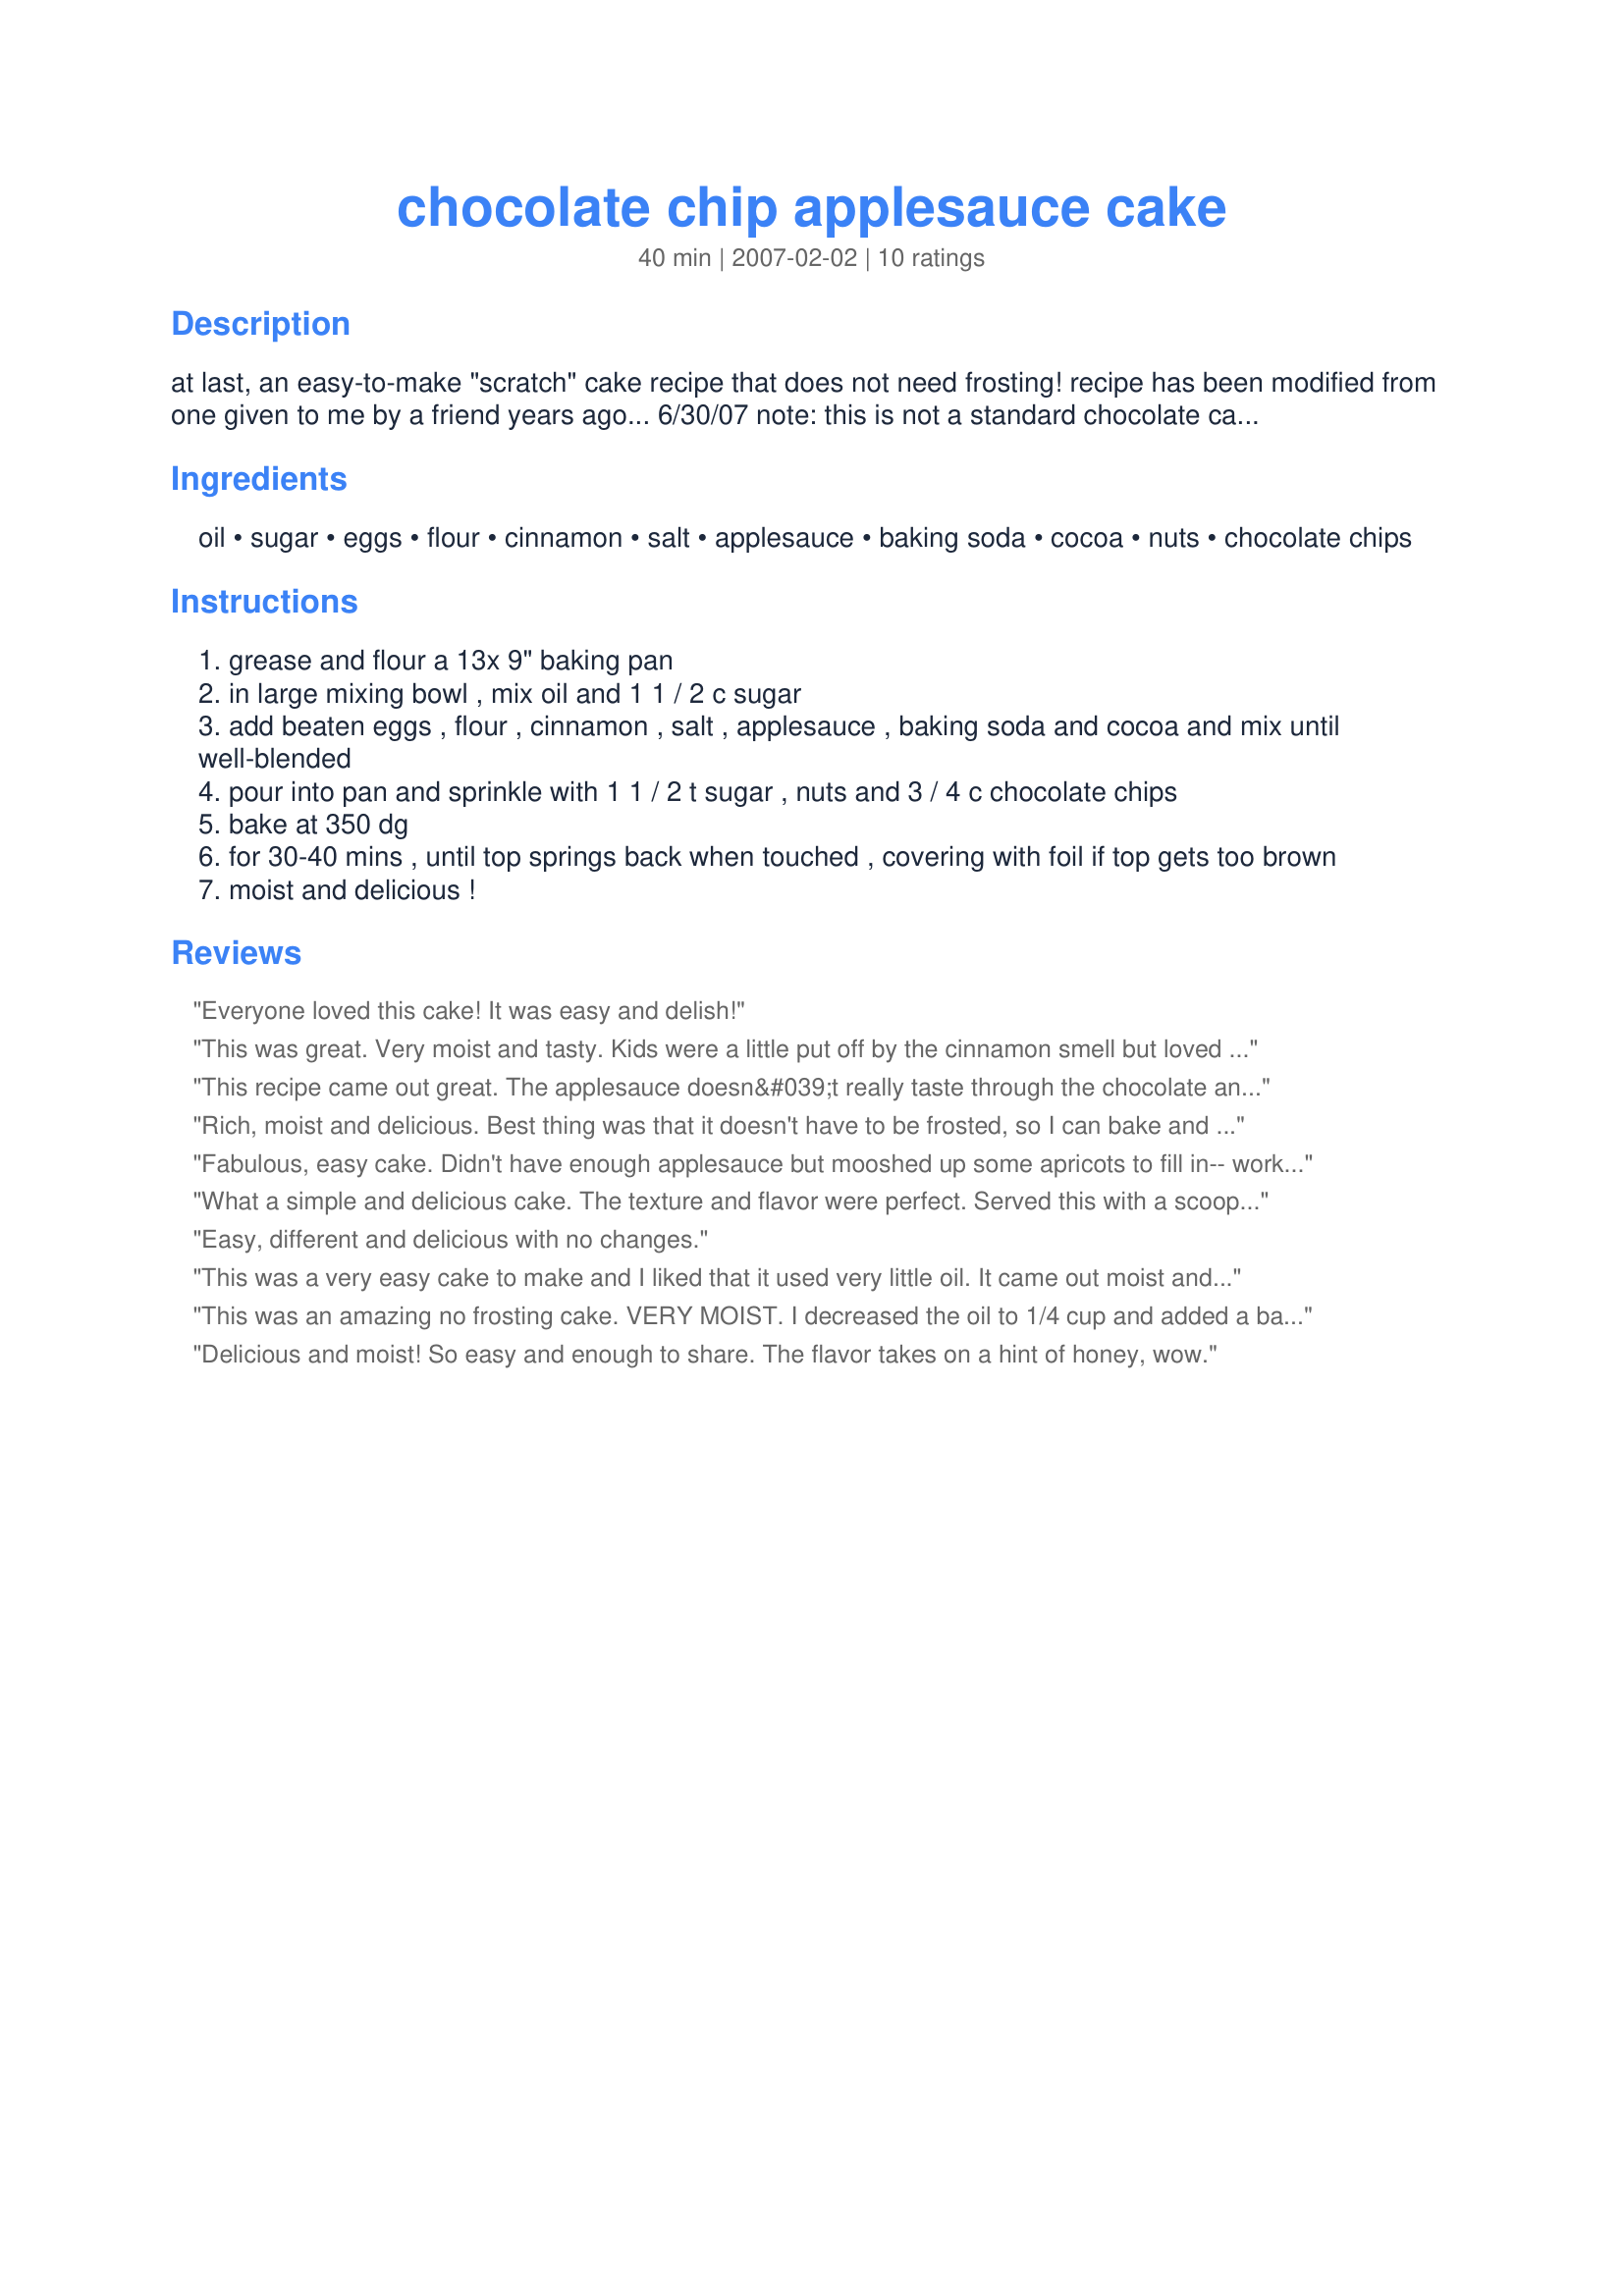
chocolate chip applesauce cake
Preparation time: 40 minutes

at last, an easy-to-make "scratch" cake recipe that does not need frosting! recipe has been modified from one given to me by a friend years ago... 6/30/07 note: this is not a standard chocolate cake recipe nor a spice cake recipe. the cocoa and chocolate chips help add to the "dark chocolaty" flavor and appearance but the applesauce and spices give it a unique flavor addition, producing a dark, moist cake with a different flavor with the added bonus of being a no-frost cake.

Ingredients:
oil, sugar, eggs, flour, cinnamon, salt, applesauce, baking soda, cocoa, nuts, chocolate chips

Steps:
grease and flour a 13x 9" baking pan
in large mixing bowl , mix oil and 1 1 / 2 c sugar
add beaten eggs , flour , cinnamon , salt , applesauce , baking soda and cocoa and mix until well-blended
pour into pan and sprinkle with 1 1 / 2 t sugar , nuts and 3 / 4 c chocolate chips
bake at 350 dg
for 30-40 mins , until top springs back when touched , covering with foil if top gets too brown
moist and delicious !

Reviews:
Everyone loved this cake! It was easy and delish!
This was great. Very moist and tasty. Kids were a little put off by the cinnamon smell but loved it after they tasted it. I didn&#039;t have any nuts so used extra chocolate chips. I think walnuts or even peanuts would be really good. Took 40 minutes and maybe could have gone another 5.
This recipe came out great. The applesauce doesn&#039;t really taste through the chocolate and cocoa, rather it adds a huge amount of moisture and richness. I often don&#039;t like chocolate cake for not being chocolate-y enough, but this cake really hit the spot. I like cinnamon with chocolate, however I think I might drop it next time, as it does confuse the flavors a bit. Wonderful use of applesauce that was left over! Thanks for posting!
Rich, moist and delicious. Best thing was that it doesn't have to be frosted, so I can bake and go when asked to bring a dessert. somewhere.
Fabulous, easy cake. Didn't have enough applesauce but mooshed up some apricots to fill in-- worked great! Highly recommend for pot lucks!
What a simple and delicious cake. The texture and flavor were perfect. Served this with a scoop of vanilla ice cream. What's not to like. :) Thanks
Easy, different and delicious with no changes.
This was a very easy cake to make and I liked that it used very little oil. It came out moist and tasted alright but it's not a chocolate cake exactly nor is it a spice cake either; this is something entirely different which one should keep in mind based on their expectations.
This was an amazing no frosting cake. VERY MOIST. I decreased the oil to 1/4 cup and added a banana (because I had it on hand) and it cam GREAT!! And reduced the fat even more. You should really try this one!
Delicious and moist! So easy and enough to share. The flavor takes on a hint of honey, wow.
